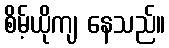
စိမ့်ယိုကျ နေသည်။